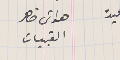
هواش ضاهر القبيات